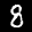
Label: 8